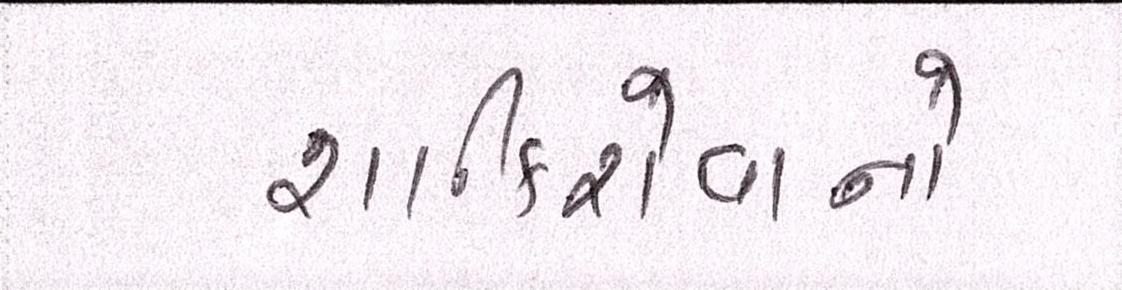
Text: શાકિરોવાનો